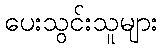
ပေးသွင်းသူများ